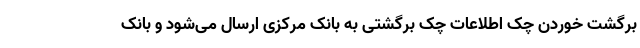
برگشت خوردن چک اطلاعات چک برگشتی به بانک مرکزی ارسال می‌شود و بانک